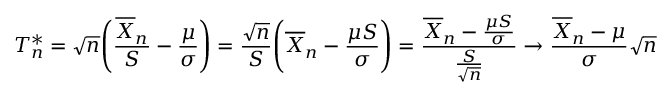
T _ { n } ^ { * } = \sqrt { n } \Bigg ( \frac { \overline { { X } } _ { n } } { S } - \frac { \mu } { \sigma } \Bigg ) = \frac { \sqrt { n } } { S } \Bigg ( \overline { { X } } _ { n } - \frac { \mu S } { \sigma } \Bigg ) = \frac { \overline { { X } } _ { n } - \frac { \mu S } { \sigma } } { \frac { S } { \sqrt { n } } } \rightarrow \frac { \overline { { X } } _ { n } - \mu } { \sigma } \sqrt { n }